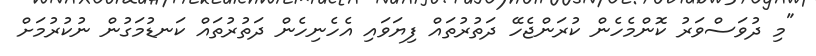
"މި ދުވަސްވަރު ކޮންމެހެން ކުރަންޖެހޭ ދަތުރުތައް ފިޔަވައި އެހެނިހެން ދަތުރުތައް ކަނޑުމަގުން ނުކުރުމަށް